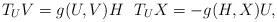
LaTeX: \begin{align*}T_U V = g(U,V)H ~~ T_U X= -g(H, X)U,\end{align*}